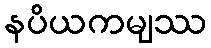
နပိယကမျဿ